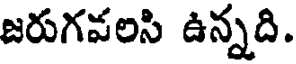
జరుగవలసి ఉన్నది.